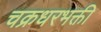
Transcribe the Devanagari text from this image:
चक्रधरभक्ती